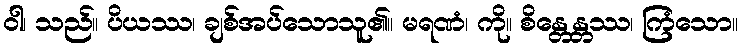
ဝါ၊ သည်။ ပိယဿ၊ ချစ်အပ်သောသူ၏။ မရဏံ၊ ကို။ စိန္တေန္တဿ၊ ကြံသော။